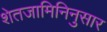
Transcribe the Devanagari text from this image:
शेतजामिनिनुसार